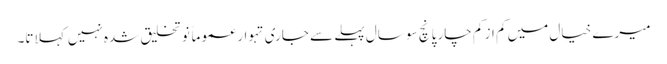
میرے خیال میں کم از کم چار پانچ سو سال پہلے سے جاری تہوار عموماً نو تخلیق شدہ نہیں کہلاتا۔